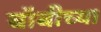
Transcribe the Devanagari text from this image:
बॉबीच्या